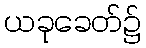
ယခုခေတ်၌